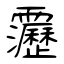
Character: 靋